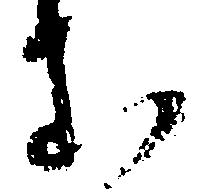
む